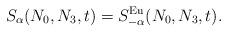
LaTeX: \begin{align*}S_{\alpha}(N_0,N_3,t)=S^{\rm Eu}_{-\alpha} (N_0,N_3,t).\end{align*}